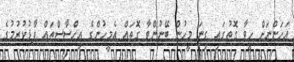
އަހަންނަށް ހީވާ ގޮތުގައި ގިނަ މީހުން ބޭނުންވާ ގޮތައް އެމީހުންގެ އިހްސާސްތައް ފާޅުކުރުމުގެ